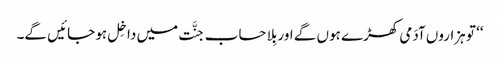
‘‘ تو ہزاروں آدَمی کھڑے ہوں گے اور بِلا حساب جنَّت میں داخِل ہو جائیں گے۔